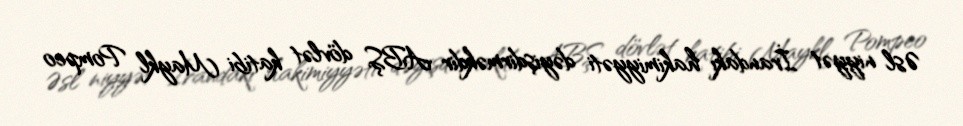
Əsl niyyət İrandakı hakimiyyəti dəyişdirməkdir ABŞ dövlət katibi Maykl Pompeo